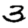
Digit: 3